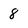
Character: 8